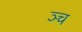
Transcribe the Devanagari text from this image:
ञ्च